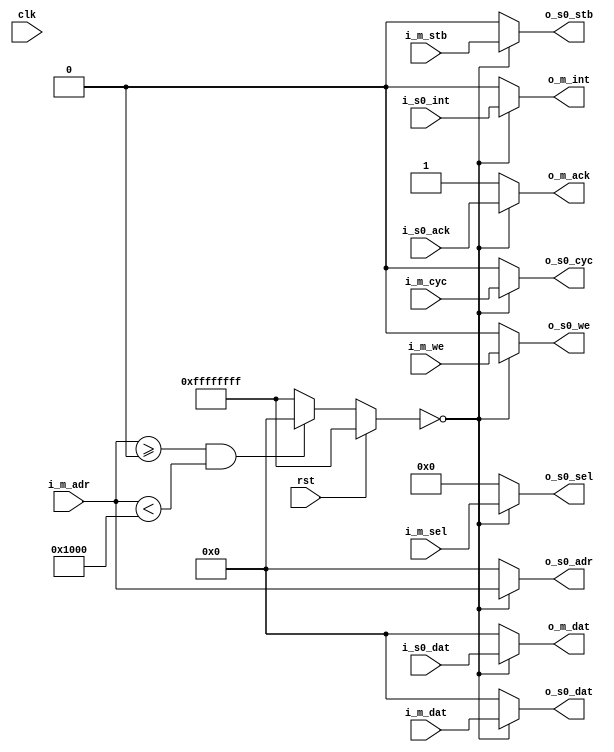
module wishbone_mem_interconnect (
	clk,
	rst,

	i_m_we,
	i_m_cyc,
	i_m_stb,
	i_m_sel,
	o_m_ack,
	i_m_dat,
	o_m_dat,
	i_m_adr,
	o_m_int,

	o_s0_we,
	o_s0_cyc,
	o_s0_stb,
	o_s0_sel,
	i_s0_ack,
	o_s0_dat,
	i_s0_dat,
	o_s0_adr,
	i_s0_int


);


localparam MEM_SEL_0    = 0;
localparam MEM_OFFSET_0 = 0;
localparam MEM_SIZE_0   = 4096;


//state

//control signals
input 				      clk;
input 				      rst;

//wishbone master signals
input               i_m_we;
input               i_m_stb;
input               i_m_cyc;
input		    [3:0]   i_m_sel;
input		    [31:0]  i_m_adr;
input  		  [31:0]  i_m_dat;
output reg	[31:0]  o_m_dat;
output reg          o_m_ack;
output reg          o_m_int;


//wishbone mem signals
output              o_s0_we;
output              o_s0_cyc;
output              o_s0_stb;
output	  [3:0]     o_s0_sel;
output	  [31:0]    o_s0_adr;
output	  [31:0]    o_s0_dat;
input	    [31:0]		i_s0_dat;
input			          i_s0_ack;
input               i_s0_int;




reg [31:0] mem_select;

always @(rst or i_m_adr or mem_select) begin
	if (rst) begin
		//nothing selected
		mem_select <= 32'hFFFFFFFF;
	end
	else begin
		if ((i_m_adr >= MEM_OFFSET_0) && (i_m_adr < (MEM_OFFSET_0 + MEM_SIZE_0))) begin
			mem_select <= MEM_SEL_0;
		end
		else begin
			mem_select <= 32'hFFFFFFFF;
		end
	end
end


//data in from slave
always @ (mem_select or i_s0_dat) begin
	case (mem_select)
		MEM_SEL_0: begin
			o_m_dat <= i_s0_dat;
		end
		default: begin
			o_m_dat <= 32'h0000;
		end
	endcase
end



//ack in from slave

always @ (mem_select or i_s0_ack) begin
	case (mem_select)
		MEM_SEL_0: begin
			o_m_ack <= i_s0_ack;
		end
		default: begin
			o_m_ack <= 1'h1;
		end
	endcase
end



//int in from slave

always @ (mem_select or i_s0_int) begin
	case (mem_select)
		MEM_SEL_0: begin
			o_m_int <= i_s0_int;
		end
		default: begin
			o_m_int <= 1'h0;
		end
	endcase
end



assign o_s0_we	=	(mem_select == MEM_SEL_0) ? i_m_we: 0;
assign o_s0_stb	=	(mem_select == MEM_SEL_0) ? i_m_stb: 0;
assign o_s0_sel	=	(mem_select == MEM_SEL_0) ? i_m_sel: 0;
assign o_s0_cyc	=	(mem_select == MEM_SEL_0) ? i_m_cyc: 0;
assign o_s0_adr	=	(mem_select == MEM_SEL_0) ? i_m_adr: 0;
assign o_s0_dat	=	(mem_select == MEM_SEL_0) ? i_m_dat: 0;



endmodule